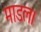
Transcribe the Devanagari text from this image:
माडल।